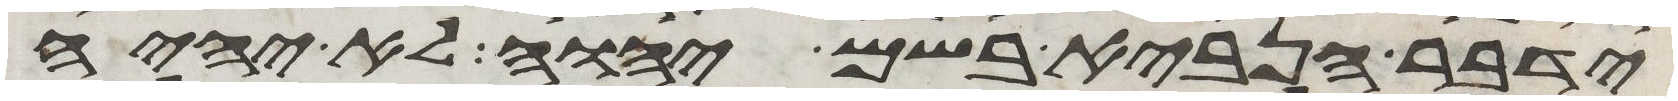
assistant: ידבר הנביא בשם יהוה לא יהיה